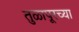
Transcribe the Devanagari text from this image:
तुळापूरच्या